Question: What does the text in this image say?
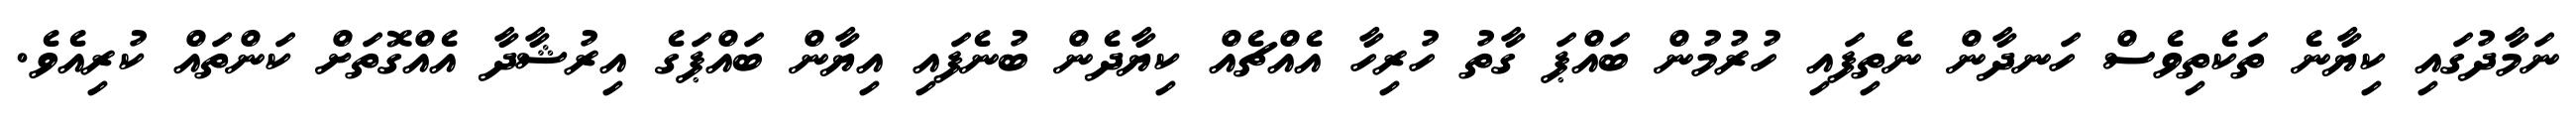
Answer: ނަމާދުގައި ކިޔާނެ ތަކެތިވެސް ހަނދާން ނެތިފައި ހުރުމުން ބައްޕަ ގާތު ހުރިހާ އެއްޗެއް ކިޔާދެން ބުނެފައި އިޔާން ބައްޕަގެ އިރުޝާދާ އެއްގޮތަށް ކަންތައް ކުރިއެވެ.